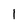
Character: 1